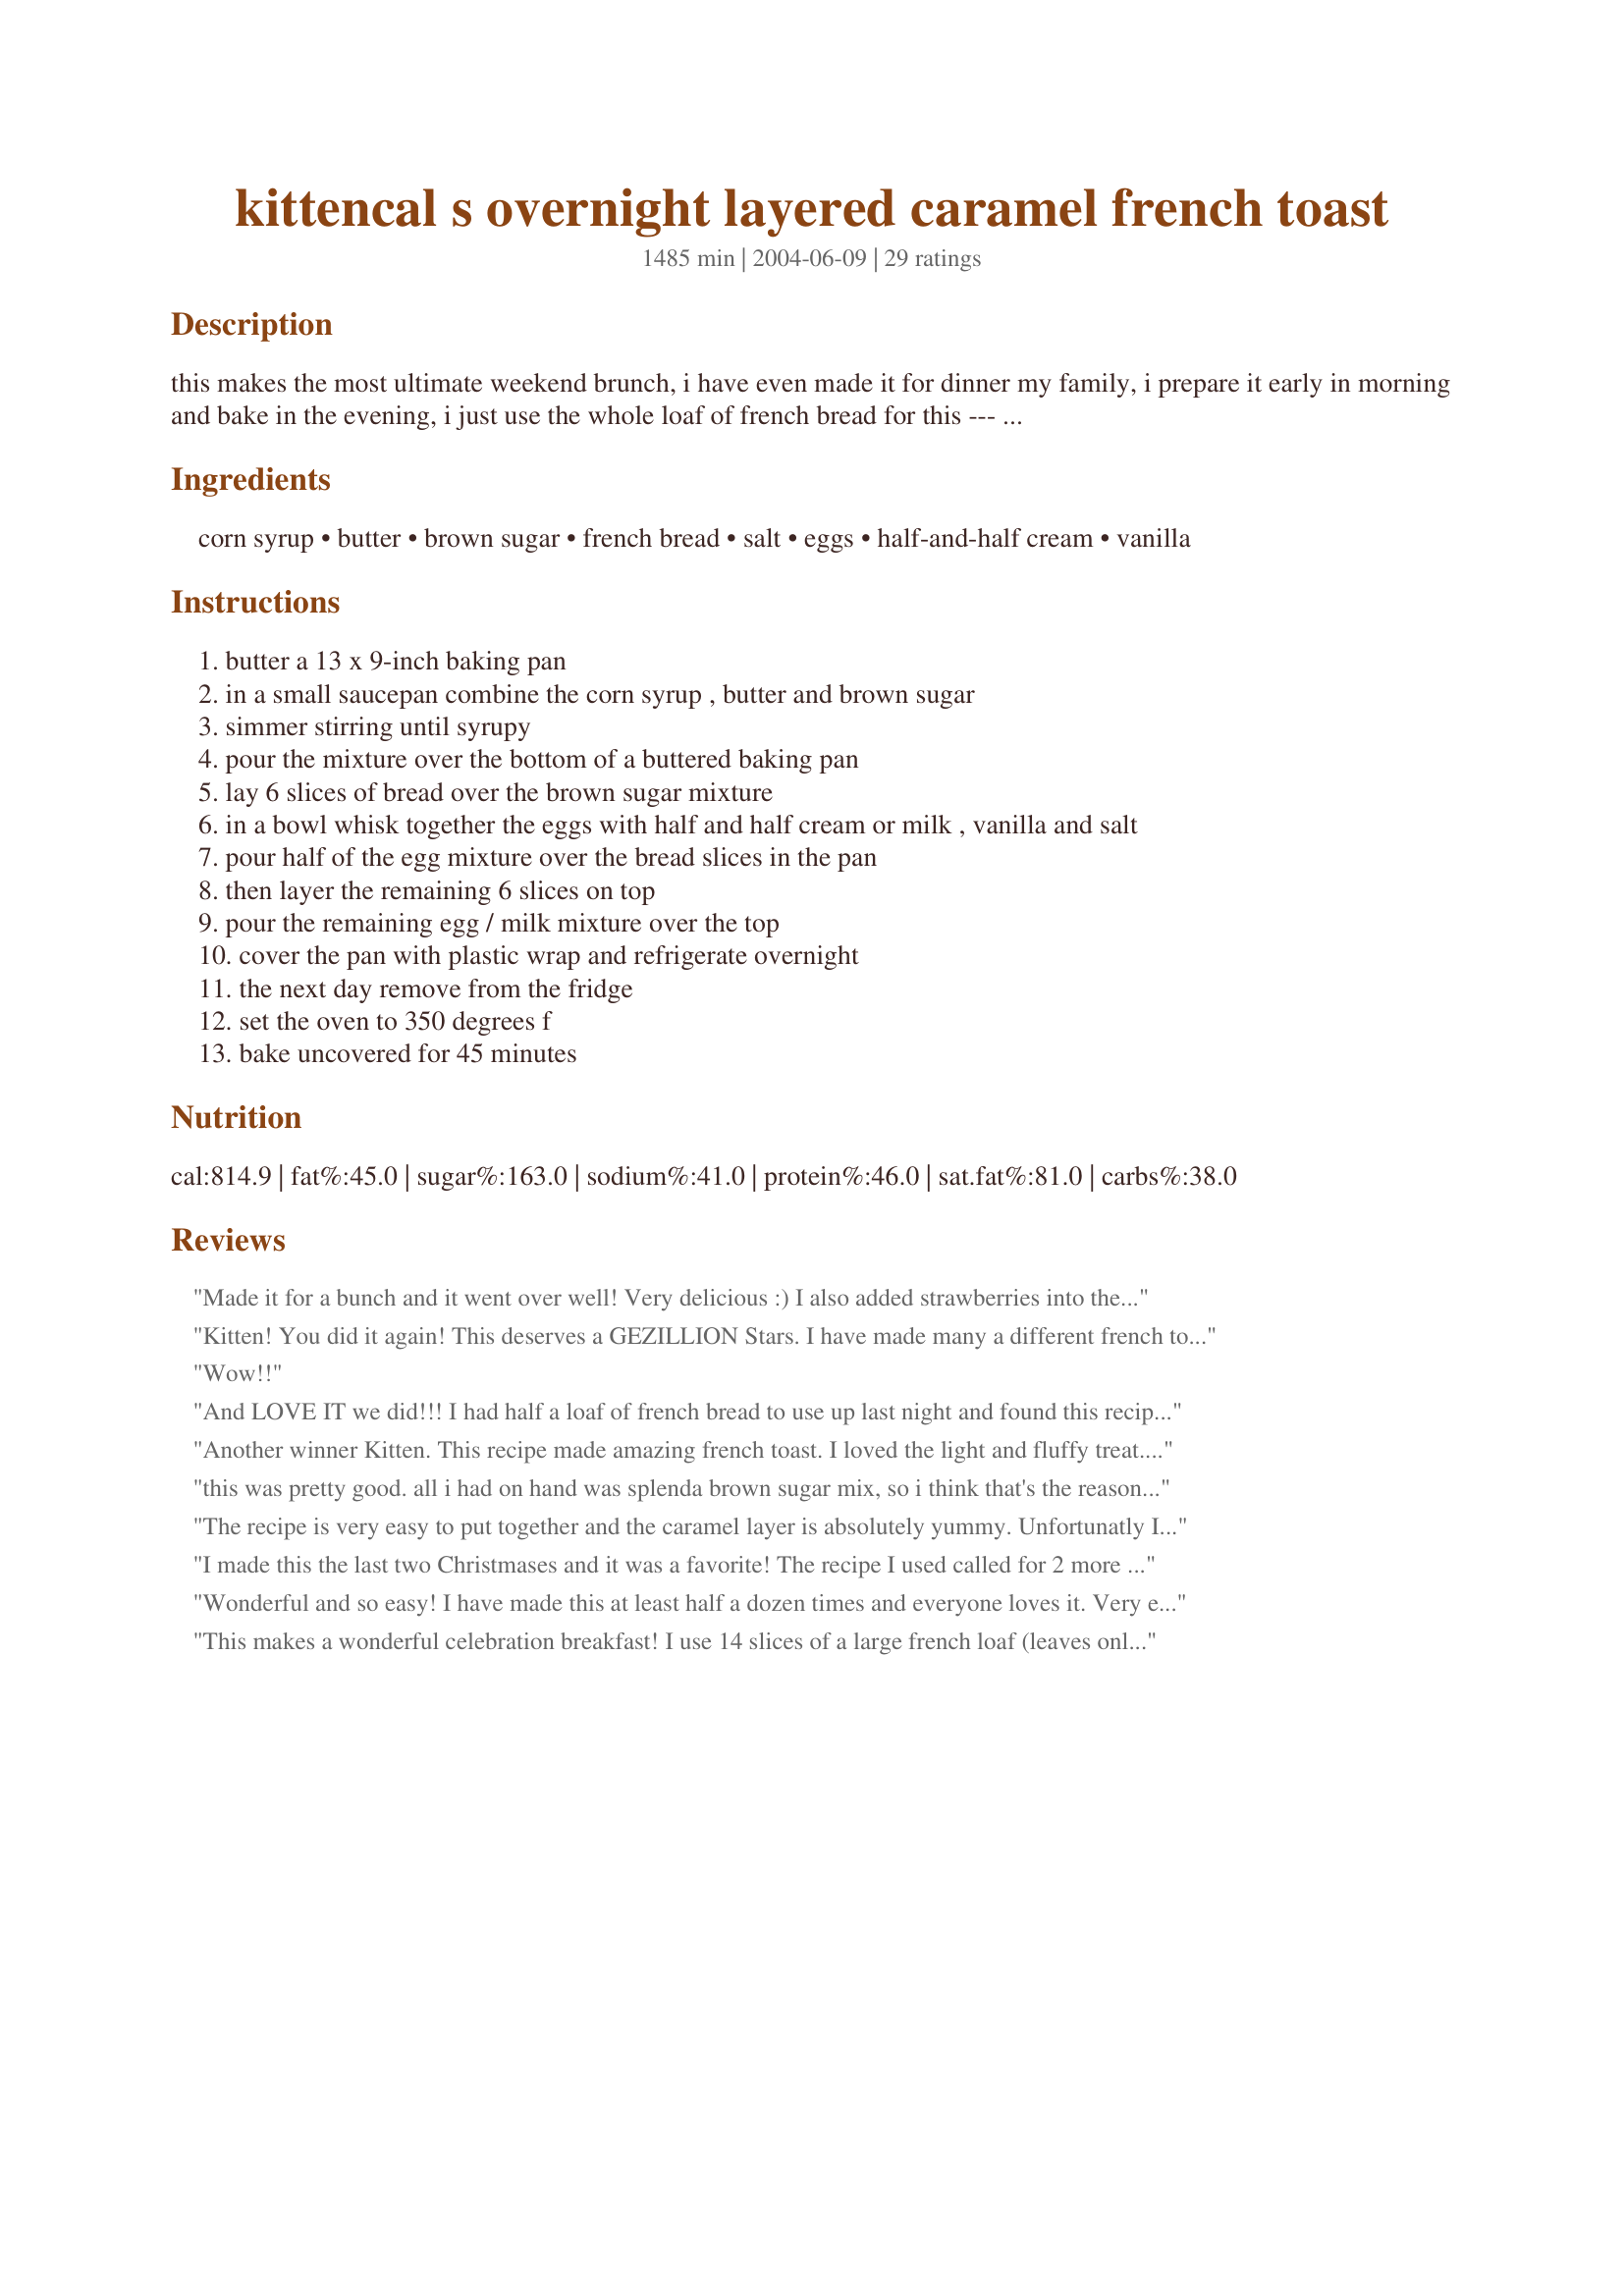
kittencal s overnight layered caramel french toast
Preparation time: 1485 minutes

this makes the most ultimate weekend brunch, i have even made it for dinner my family, i prepare it early in morning and bake in the evening, i just use the whole loaf of french bread for this --- plan ahead this needs to stay in the fridge overnight... you will love this!

Ingredients:
corn syrup, butter, brown sugar, french bread, salt, eggs, half-and-half cream, vanilla

Steps:
butter a 13 x 9-inch baking pan
in a small saucepan combine the corn syrup , butter and brown sugar
simmer stirring until syrupy
pour the mixture over the bottom of a buttered baking pan
lay 6 slices of bread over the brown sugar mixture
in a bowl whisk together the eggs with half and half cream or milk , vanilla and salt
pour half of the egg mixture over the bread slices in the pan
then layer the remaining 6 slices on top
pour the remaining egg / milk mixture over the top
cover the pan with plastic wrap and refrigerate overnight
the next day remove from the fridge
set the oven to 350 degrees f
bake uncovered for 45 minutes

Reviews:
Made it for a bunch and it went over well! Very delicious :) I also added strawberries into the dish.
Kitten! You did it again! This deserves a GEZILLION Stars. I have made many a different french toasts over the years, but this beats them all! :-0 I used a loaf of Challah Bread and will make sure I have it available when I use your recipe again. Thanks for a wonderful Christmas Breakfast!
Wow!!
And LOVE IT we did!!! I had half a loaf of french bread to use up last night and found this recipe that could be thrown together with pantry staples. I changed the serving size to 3 and it was the perfect amount. I removed the 1 quart dish from the fridge and put into a cold oven, turned it to 350 (went back to bed) and it was done perfectly in 55 minutes. I used part half and half and part skim milk - it was still sweet and rich, just what we were looking for this morning! Looking forward to this again!
Another winner Kitten. This recipe made amazing french toast. I loved the light and fluffy treat. It was nice and puffy...Yes, its rich and sweet but not over powering. The sauce is thick and rich and perfect. It was quick and easy to make. I will be making this for Christmas morning brunch with the neighbors. Thanks so much for sharing.
this was pretty good. all i had on hand was splenda brown sugar mix, so i think that's the reason my caramel didn't turn out syrupy the way i expected it. the flavor was good and cooked into the bread, but not exactly what i had hoped. next time i make this, i will make sure i have normal brown sugar on hand! also, i used egg beaters instead of whole eggs and would definitely do that again next time.
thanks for posting!
The recipe is very easy to put together and the caramel layer is absolutely yummy. Unfortunatly I didnt like it very much because it was too eggie for my taste. On the other hand DH loved it and thought it was worth 5 stars and thats huge from him..So I have compromised and instead of rating this recipe 3 stars It will get 4. Thank you kittencal for a taste experience.
I made this the last two Christmases and it was a favorite! The recipe I used called for 2 more eggs and 1 tsp. of cinnamon. It does make a lot; we had leftovers for several days. But delicious!
Wonderful and so easy! I have made this at least half a dozen times and everyone loves it. Very easy to prepare the night before. Not too wet or soggy, just perfect. Since it's two layers, at prep I usually cut the bread slices in half for easy serving. Have used French bread and a sturdier commercial bread like Orowheat potato bread, both with good results. Make sure all bread is covered with egg mixture, and be sure to butter the sides of the pan, it will stick. And remember you flip it before serving. Makes a nice presentation. Thanks for sharing the recipe!
This makes a wonderful celebration breakfast! I use 14 slices of a large french loaf (leaves only about 2-3&quot; at each end unused). I added another egg and about 1/2 cup of cream and still didn&#039;t cover the bread but it all seemed wet with some liquid sloshing around the lower slices. I tried to turn the slices to get them all equally wet but the bottom slices had already stuck to the caramel so I just left them. I froze this a week before I used it and then thawed it and baked according to directions. Wonderful!
I have never had a great deal of success with French Toast. Always too many too's. Too dry, too soggy, too greasy... you get the idea. But this was PERFECT! I did not have time to make this the night before so it only was refrigerated for two hours. No syrup needed because the caramel syrup is absolutely delicious! My syrup was foamy when I took it off the heat at about 5 minutes and it did not harden after it cooled. It stayed yummy and I am looking forward breakfast tomorrow! Thanks Kittencal, another winner.
I couldn't decide between this recipe and your recipe for Cream Cheese French Toast Casserole so I sort of combined the two. YUMMY!! I added a package of cream cheese to the egg and milk mixture. I did use half and half. The liquid did not cover the bread so I added more half and half until it did. Thanks for a great recipe Kittencal. We will definately make this again.
This is a tasty cross between French Toast and caramel rolls. The French Toast puffed up nicely and the caramel was delicious. Eat before it cools because the sauce hardens quickly. This was good for breakfast served with orange sections, sausage links, and a cup of good coffee!
Great way to use up old bread!
This was very good. It combines my husbands 2 favorite things, french toast and caramel. I used fresh french bread I baked myself and added cinnamon.
This made for a beautiful Thanksgiving morning. With just link sausage in the microwave and sliced fruit I had time to enjoy my visiting children and grands at breakfast. You did it again Kittencal.
This is Sunday morning kind of good! Definitely no leftovers from this recipe. Thanks for sharing this one.
Kitten,
All I can say is AWESOME!!!!! This was our Christmas morning brunch and I was kinda nervous about this because I had never made it before nor had I tried any type of french toast casserole. DH was very skeptical and said he didn't think a casserole with french toast would be good. But, he changed his mind. I made a brioche using an ABM recipe from here. It was outstanding. The bread really made a difference. I don't think regular french bread would've been nearly as good. The caramel taste was just right. When I first got it out of the oven and saw how little caramel sauce there was I got nervous but it had absorbed the caramel and the flavor was lightly infused in every bite.
Again I say, AWESOME! Keep up the good work. Love your recipes!!!!
This was great. I will definitely make it again!
This makes the best french toast it was very sweet might cut back on the carmel topping next time.
I have always wanted to make an overnight breakfast bake, but have always been nervous about it, because I feared that the bread would become soggy and disgusting. We had company over the weekend, and I finally thought I would give it a try, and I am so happy I did! Such a lovely breakfast, our company said it was like eating cake for breakfast, like they were getting away with something when they were a kid... We loved it, it's so quick to throw together! I look forward to making this for breakfast our next family gathering.

Thanks again :)
Fantastic! I was short on time, so it only soaked in the fridge for a couple of hours. To compensate, I flipped the slices that were on top about halfway through, and took a spoon to get the extra egg and cover all the "naked" parts in the bread. My favorite parts were the ones with crust in the bite. This wouldn't fix a french toast craving, but it's a yummy, sweet breakfast treat!
This was very yummy! No need for syrup here...the caramel gave it enough sweetness and my family gobbled it up.
Another hit! Valentines Weekend 2009...a 2 day feeding frenzy and this was the opening pitch :-)

Changes...I was hoping to cut down on calories and chose raisin bread (reduced calorie version) and 5 egg whites and one whole egg rather than 6 whole.

No doubt it's perfect as originally created but this allowed me the eat it (and the rest of the food this weekend) with less caloric stress. :-) DH loved it and has put it at the front of the French Toast line-up....

Thanks Kitten...keep them comin~!
What a great recipe. Fast easy and tastes delicious! Family loved it. I substituted Texas Toast bread because I needed to use it, so I added an extra egg because I thought it might need a little more liquid with the size of the bread. That might have been alright, but then I decided to add a little more milk. It was still great, but you know, I really just wasted those ingredients, it would have been fine just the way it was written ha! Even with my interference the recipe was still a hit, thanks to Kittencal !
Used torn up French bread. Delicious!!!! My family wants it for every special breakfast
This is a favorite at the office social. I also use Texas Toast, but a nice old real French bread would be perfect. Nothing like fresh syrup on french toast!
This was great!! I made it this morning for Christmas brunch for my family. I usually eat vegan so I tried to resist, but it looked and smelled so good I couldn't help but have a little taste! It was delicious!! Sweet without being overpowering...the caramel is so tasty and gives the french toast just the right touch! I used 1/2 soy milk, 1/2 half-and-half. For the bread, I used Pepperidge Farm white bread and used honey instead of corn syrup (didn't have any in the house). Easy to make the night before...LOVED it! :-) Thanks!!
I cannot believe I never reviewed this recipe! I've made it at least 5 times, as the celebrate-breakfast-diet-later treat. I make 2 changes which are not at all necessary, but make everyone go "Ooh". First, I add about a T of orange blossom water to the "batter". second, I put a mixture of finely chopped nuts (pecans usually), cinnamon, and powdered sugar between the layers. I'd guess 2 T of nuts, and 1/2 t of powders. An absolute phenom of quick, easy, party-ready recipe. Thanks, Kittencal!
